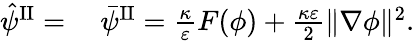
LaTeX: \begin{array}{rl}{\hat{\psi}^{\mathrm{II}}=}&{{}~\bar{\psi}^{\mathrm{II}}=\frac{\kappa}{\varepsilon}F(\phi)+\frac{\kappa\varepsilon}{2}\| \nabla\phi\| ^{2}.}\end{array}